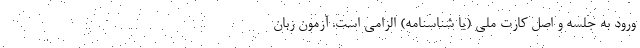
ورود به جلسه و اصل کارت ملی (یا شناسنامه) الزامی است. آزمون زبان